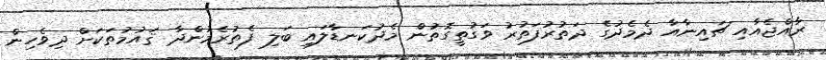
ރާއްޖެއާއި ޗައިނާއާ ދެމެދުގެ ދަތުރުފަތުރު ވަގުތީގޮތުން މެދުކަނޑާލައި ބަލި ފެތުރެމުންދާ ޤައުމުތަކަށް ދިވެހިން